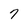
Character: 7